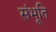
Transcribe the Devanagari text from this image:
संभूति